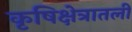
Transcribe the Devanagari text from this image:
कृषिक्षेत्रातली